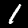
Label: 1